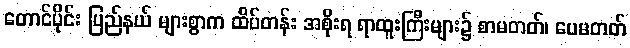
တောင်ပိုင်း ပြည်နယ် များစွာက ထိပ်တန်း အစိုးရ ရာထူးကြီးများ၌ စာမတတ်၊ ပေမတတ်